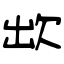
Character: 欪